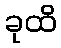
ခုထိ